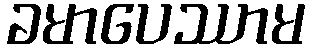
ခမာပေဿာမ